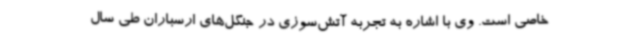
خاصی است. وی با اشاره به تجربه آتش‌سوزی در جنگل‌های ارسباران طی سال